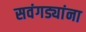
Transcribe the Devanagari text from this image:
सवंगड्यांना